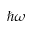
\hbar \omega